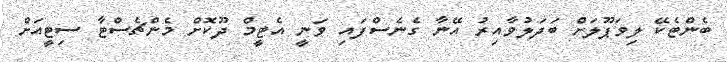
ބެންޓެކޭ ލިވަޕޫލަށް ބަދަލުވާއިރު އޭނާ ގެނެސްފައި ވަނީ އެޓީމް ދޫކޮށް މެންޗެސްޓާ ސިޓީއަށް